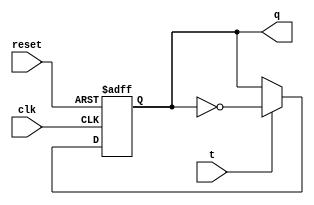
module tff(t,clk,reset,q);
input t, clk, reset;
output q;
reg q;

always@(posedge clk or posedge reset)
begin
	if(reset)
 		q <= 1'b0;
	else if(t==1)
		q <= !q;
	else
		q <= q;
end
endmodule